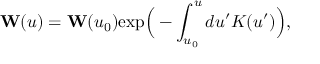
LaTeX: { \bf W } ( u ) = { \bf W } ( u _ { 0 } ) \mathrm { e x p } \Big ( - \int _ { u _ { 0 } } ^ { u } d u ^ { \prime } K ( u ^ { \prime } ) \Big ) ,